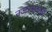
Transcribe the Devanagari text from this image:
नज़रअंदाजी